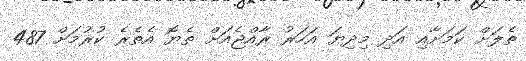
ތެލަަށް ކަމަށާއި އަދި މިދިޔަ އަހަރު ރާއްޖެއަށް ތެޔޮ އެތެރެ ކުރުމަށް 487